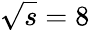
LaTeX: \sqrt{s}=8